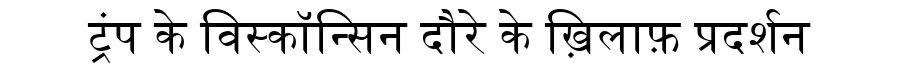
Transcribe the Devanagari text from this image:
ट्रंप के विस्कॉन्सिन दौरे के ख़िलाफ़ प्रदर्शन